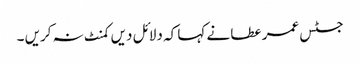
جسٹس عمر عطا نے کہا کہ دلائل دیں کمنٹ نہ کریں ۔